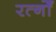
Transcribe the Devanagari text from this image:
रत्नोँ